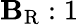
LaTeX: \mathbf{B}_{\mathrm{{R}}}:1